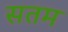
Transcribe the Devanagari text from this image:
सतम